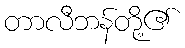
တာလီဘန်တို့၏